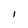
Character: l